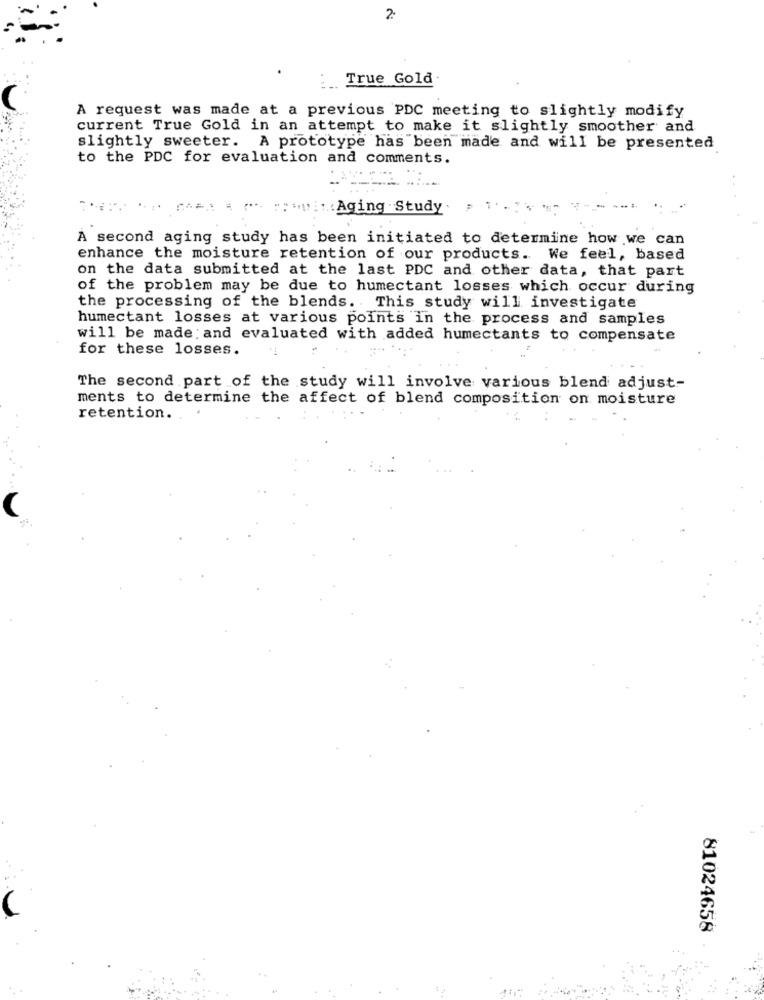
2:
:True Gold.
. .
A request was made at a previous PDC meeting to slightly modify
current True Gold in an attempt to make it slightly smoother and
slightly sweeter. A prototype has been made and will be presented
to the PDC for evaluation and comments.
" .: Aging Study
A second aging study has been initiated to determine how we can
enhance the moisture retention of our products. We feel, based
on the data submitted at the last PDC and other data, that part
of the problem may be due to humectant losses which occur during
the processing of the blends. This study will investigate
humectant losses at various points in the process and samples
will be made and evaluated with added humectants to compensate
for these losses.
The second part of the study will involve various blend adjust-
ments to determine the affect of blend composition on moisture
retention.
81024658